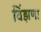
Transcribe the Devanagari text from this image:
विंझणा